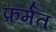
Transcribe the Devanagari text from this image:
फ़र्मत